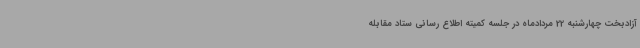
آزادبخت چهارشنبه 22 مردادماه در جلسه کمیته اطلاع رسانی ستاد مقابله